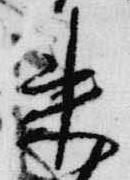
来